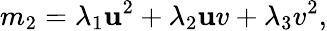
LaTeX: m_{2}=\lambda_{1}\mathbf{u}^{2}+\lambda_{2}\mathbf{u}v+\lambda_{3}v^{2},